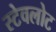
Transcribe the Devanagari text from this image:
स्टेवलोट